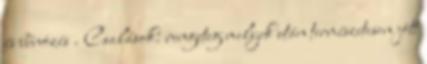
és bűnözés . Csalások: rengeteg melyek után természetesen jött